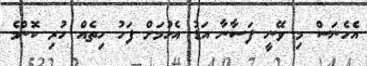
އެހެނަސް މި ވޭނީ ފަސާނާ އަޑު އެހުމަށް ފަހު ހިތެއް ހުރި ކޮންމެ